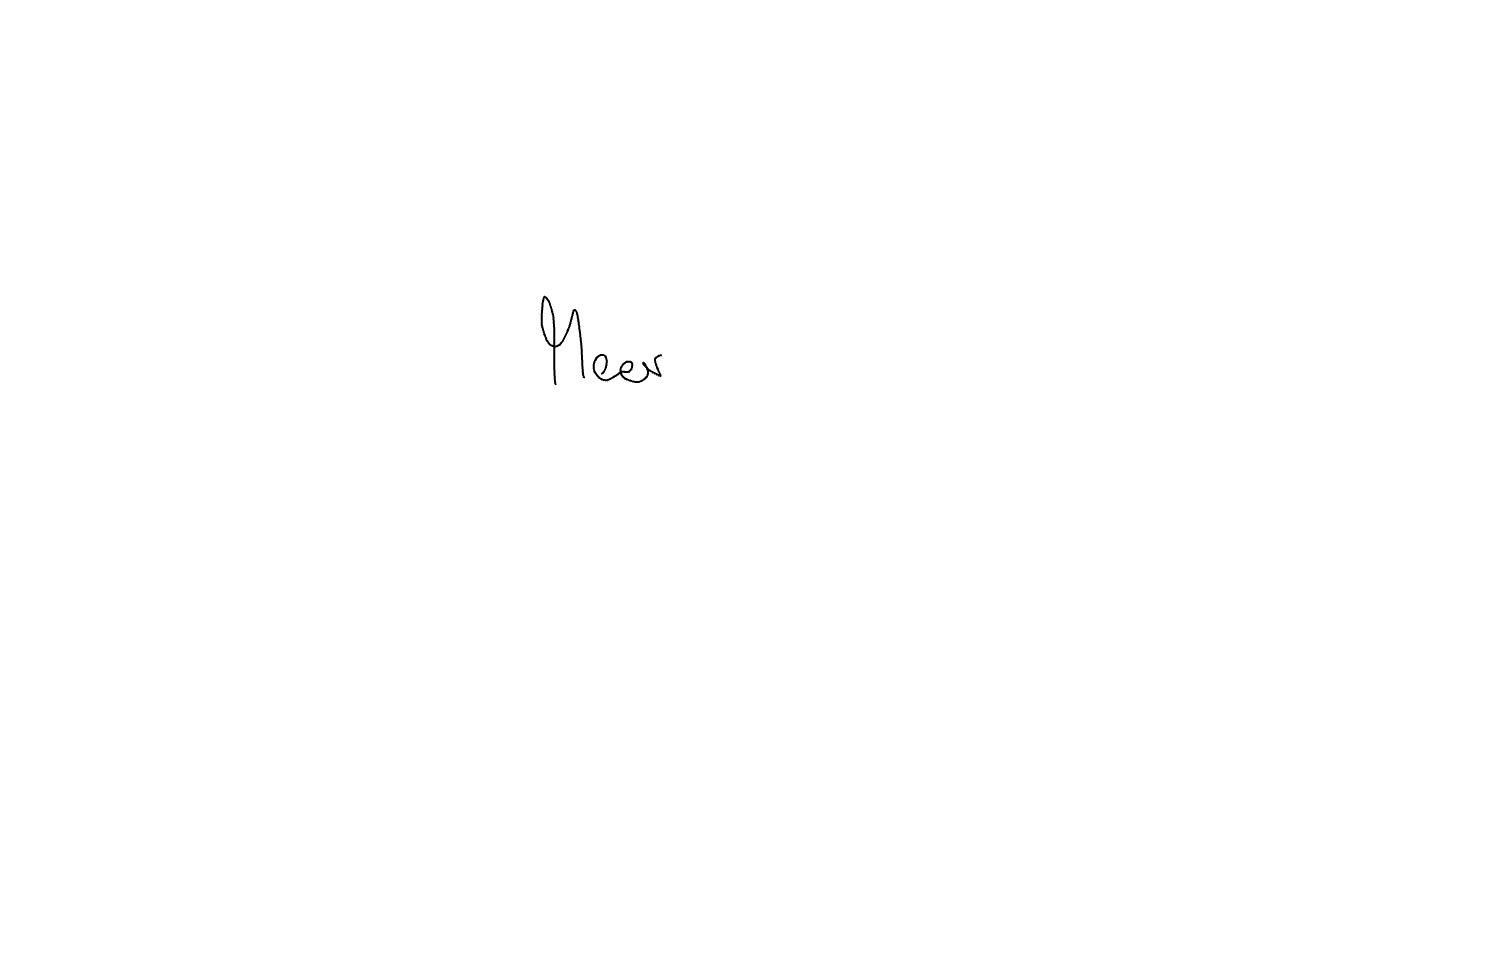
Text: Meer